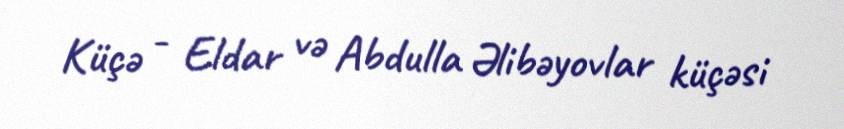
Küçə - Eldar və Abdulla Əlibəyovlar küçəsi